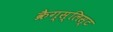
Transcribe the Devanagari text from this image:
क्रैग्स्लिस्ट